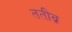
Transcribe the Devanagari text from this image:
ततीव्र